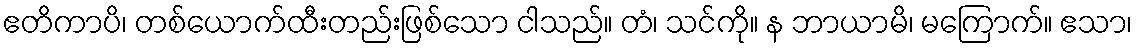
ဧတိကာပိ၊ တစ်ယောက်ထီးတည်းဖြစ်သော ငါသည်။ တံ၊ သင်ကို။ န ဘာယာမိ၊ မကြောက်။ ဧသာ၊